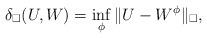
LaTeX: \begin{align*}\delta_\square(U,W)=\inf_{\phi} \|U-W^\phi\|_\square,\end{align*}